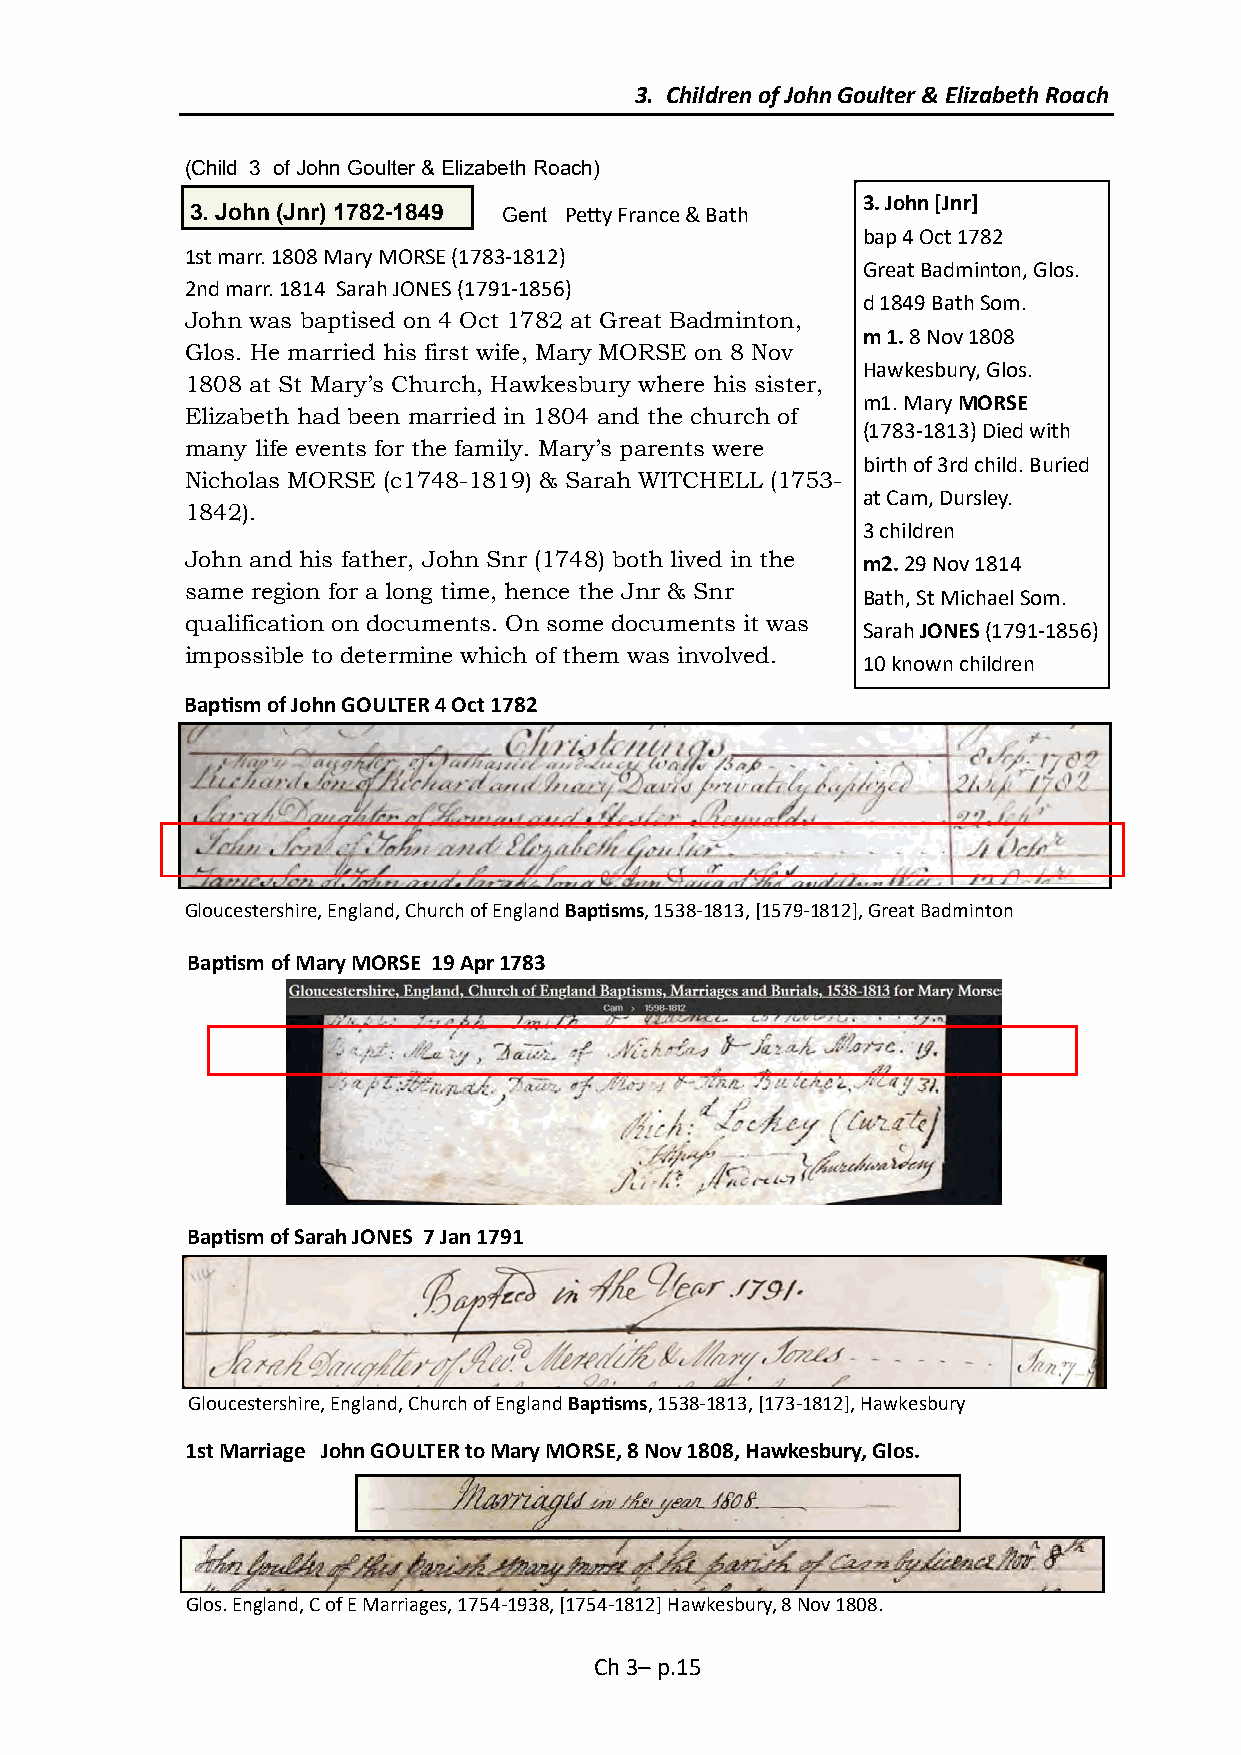
3. Children of John Goulter & Elizabeth Roach
 (Child 3 of John Goulter & Elizabeth Roach)
 3. John [Jnr]
 3. John (Jnr) 1782-1849 Gent Petty France & Bath
 bap 4 Oct 1782
 1st marr. 1808 Mary MORSE (1783-1812)
 Great Badminton, Glos.
 2nd marr. 1814 Sarah JONES (1791-1856)
 d 1849 Bath Som.
 John was baptised on 4 Oct 1782 at Great Badminton,
 m 1. 8 Nov 1808
 Glos. He married his first wife, Mary MORSE on 8 Nov
 Hawkesbury, Glos.
 1808 at St Mary’s Church, Hawkesbury where his sister,
 m1. Mary MORSE
 Elizabeth had been married in 1804 and the church of
 (1783-1813) Died with
 many life events for the family. Mary’s parents were
 birth of 3rd child. Buried
 Nicholas MORSE (c1748-1819) & Sarah WITCHELL (1753-
 at Cam, Dursley.
 1842).
 3 children
 John and his father, John Snr (1748) both lived in the m2. 29 Nov 1814
 same region for a long time, hence the Jnr & Snr
 Bath, St Michael Som.
 qualification on documents. On some documents it was
 Sarah JONES (1791-1856)
 impossible to determine which of them was involved.
 10 known children
 Baptism of John GOULTER 4 Oct 1782
 Gloucestershire, England, Church of England Baptisms, 1538-1813, [1579-1812], Great Badminton
 Baptism of Mary MORSE 19 Apr 1783
 Baptism of Sarah JONES 7 Jan 1791
 Gloucestershire, England, Church of England Baptisms, 1538-1813, [173-1812], Hawkesbury
 1st Marriage John GOULTER to Mary MORSE, 8 Nov 1808, Hawkesbury, Glos.
 Glos. England, C of E Marriages, 1754-1938, [1754-1812] Hawkesbury, 8 Nov 1808.
 Ch 3– p.15